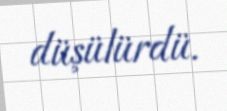
düşülürdü.